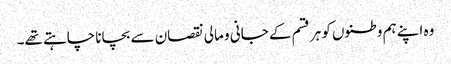
وہ اپنے ہم وطنوں کو ہر قسم کے جانی و مالی نقصان سے بچانا چاہتے تھے۔